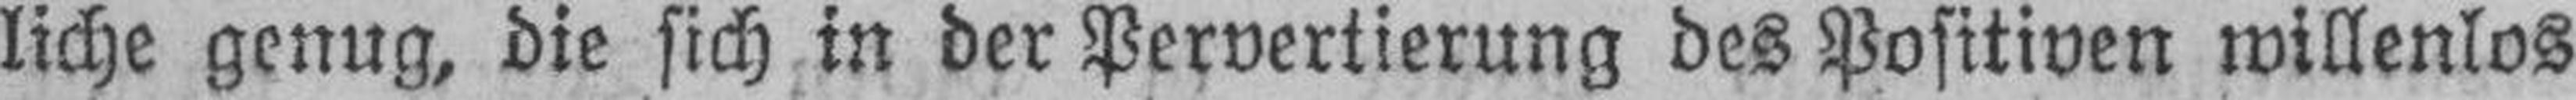
liche genug, die sich in der Pervertierung des Positiven willenlos